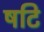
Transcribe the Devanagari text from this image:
षटि